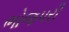
ભોજપરી